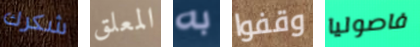
شكرك المعلق به وقفوا فاصوليا